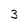
Character: 3